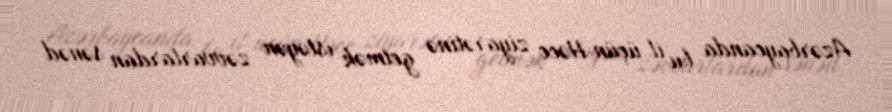
Azərbaycanda bu il üçün Həcc ziyarətinə getmək istəyən zəvvarlardan sənəd